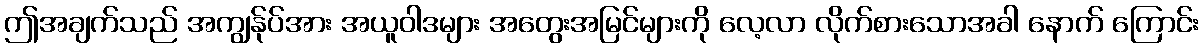
ဤအချက်သည် အကျွန်ုပ်အား အယူဝါဒများ အတွေးအမြင်များကို လေ့လာ လိုက်စားသောအခါ နောက် ကြောင်း